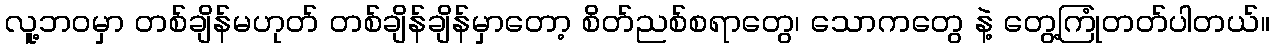
လူ့ဘဝမှာ တစ်ချိန်မဟုတ် တစ်ချိန်ချိန်မှာတော့ စိတ်ညစ်စရာတွေ၊ သောကတွေ နဲ့ တွေ့ကြုံတတ်ပါတယ်။